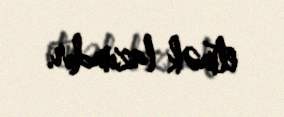
etmək lazımdır.